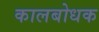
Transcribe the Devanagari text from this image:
कालबोधक